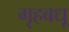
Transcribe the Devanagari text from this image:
गृहबधू